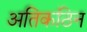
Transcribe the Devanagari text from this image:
अतिकठिन